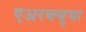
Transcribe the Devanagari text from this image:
एअरब्ल्यूचा